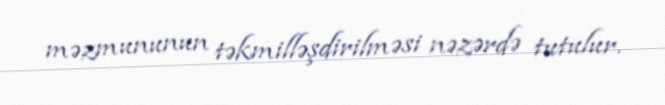
məzmununun təkmilləşdirilməsi nəzərdə tutulur.